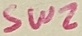
Text: SW2